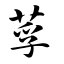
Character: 莩